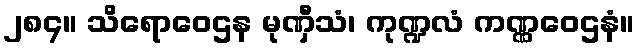
၂၈၄။ သိရောဝေဌန မုဏှီသံ၊ ကုဏ္ဍလံ ကဏ္ဏဝေဌနံ။